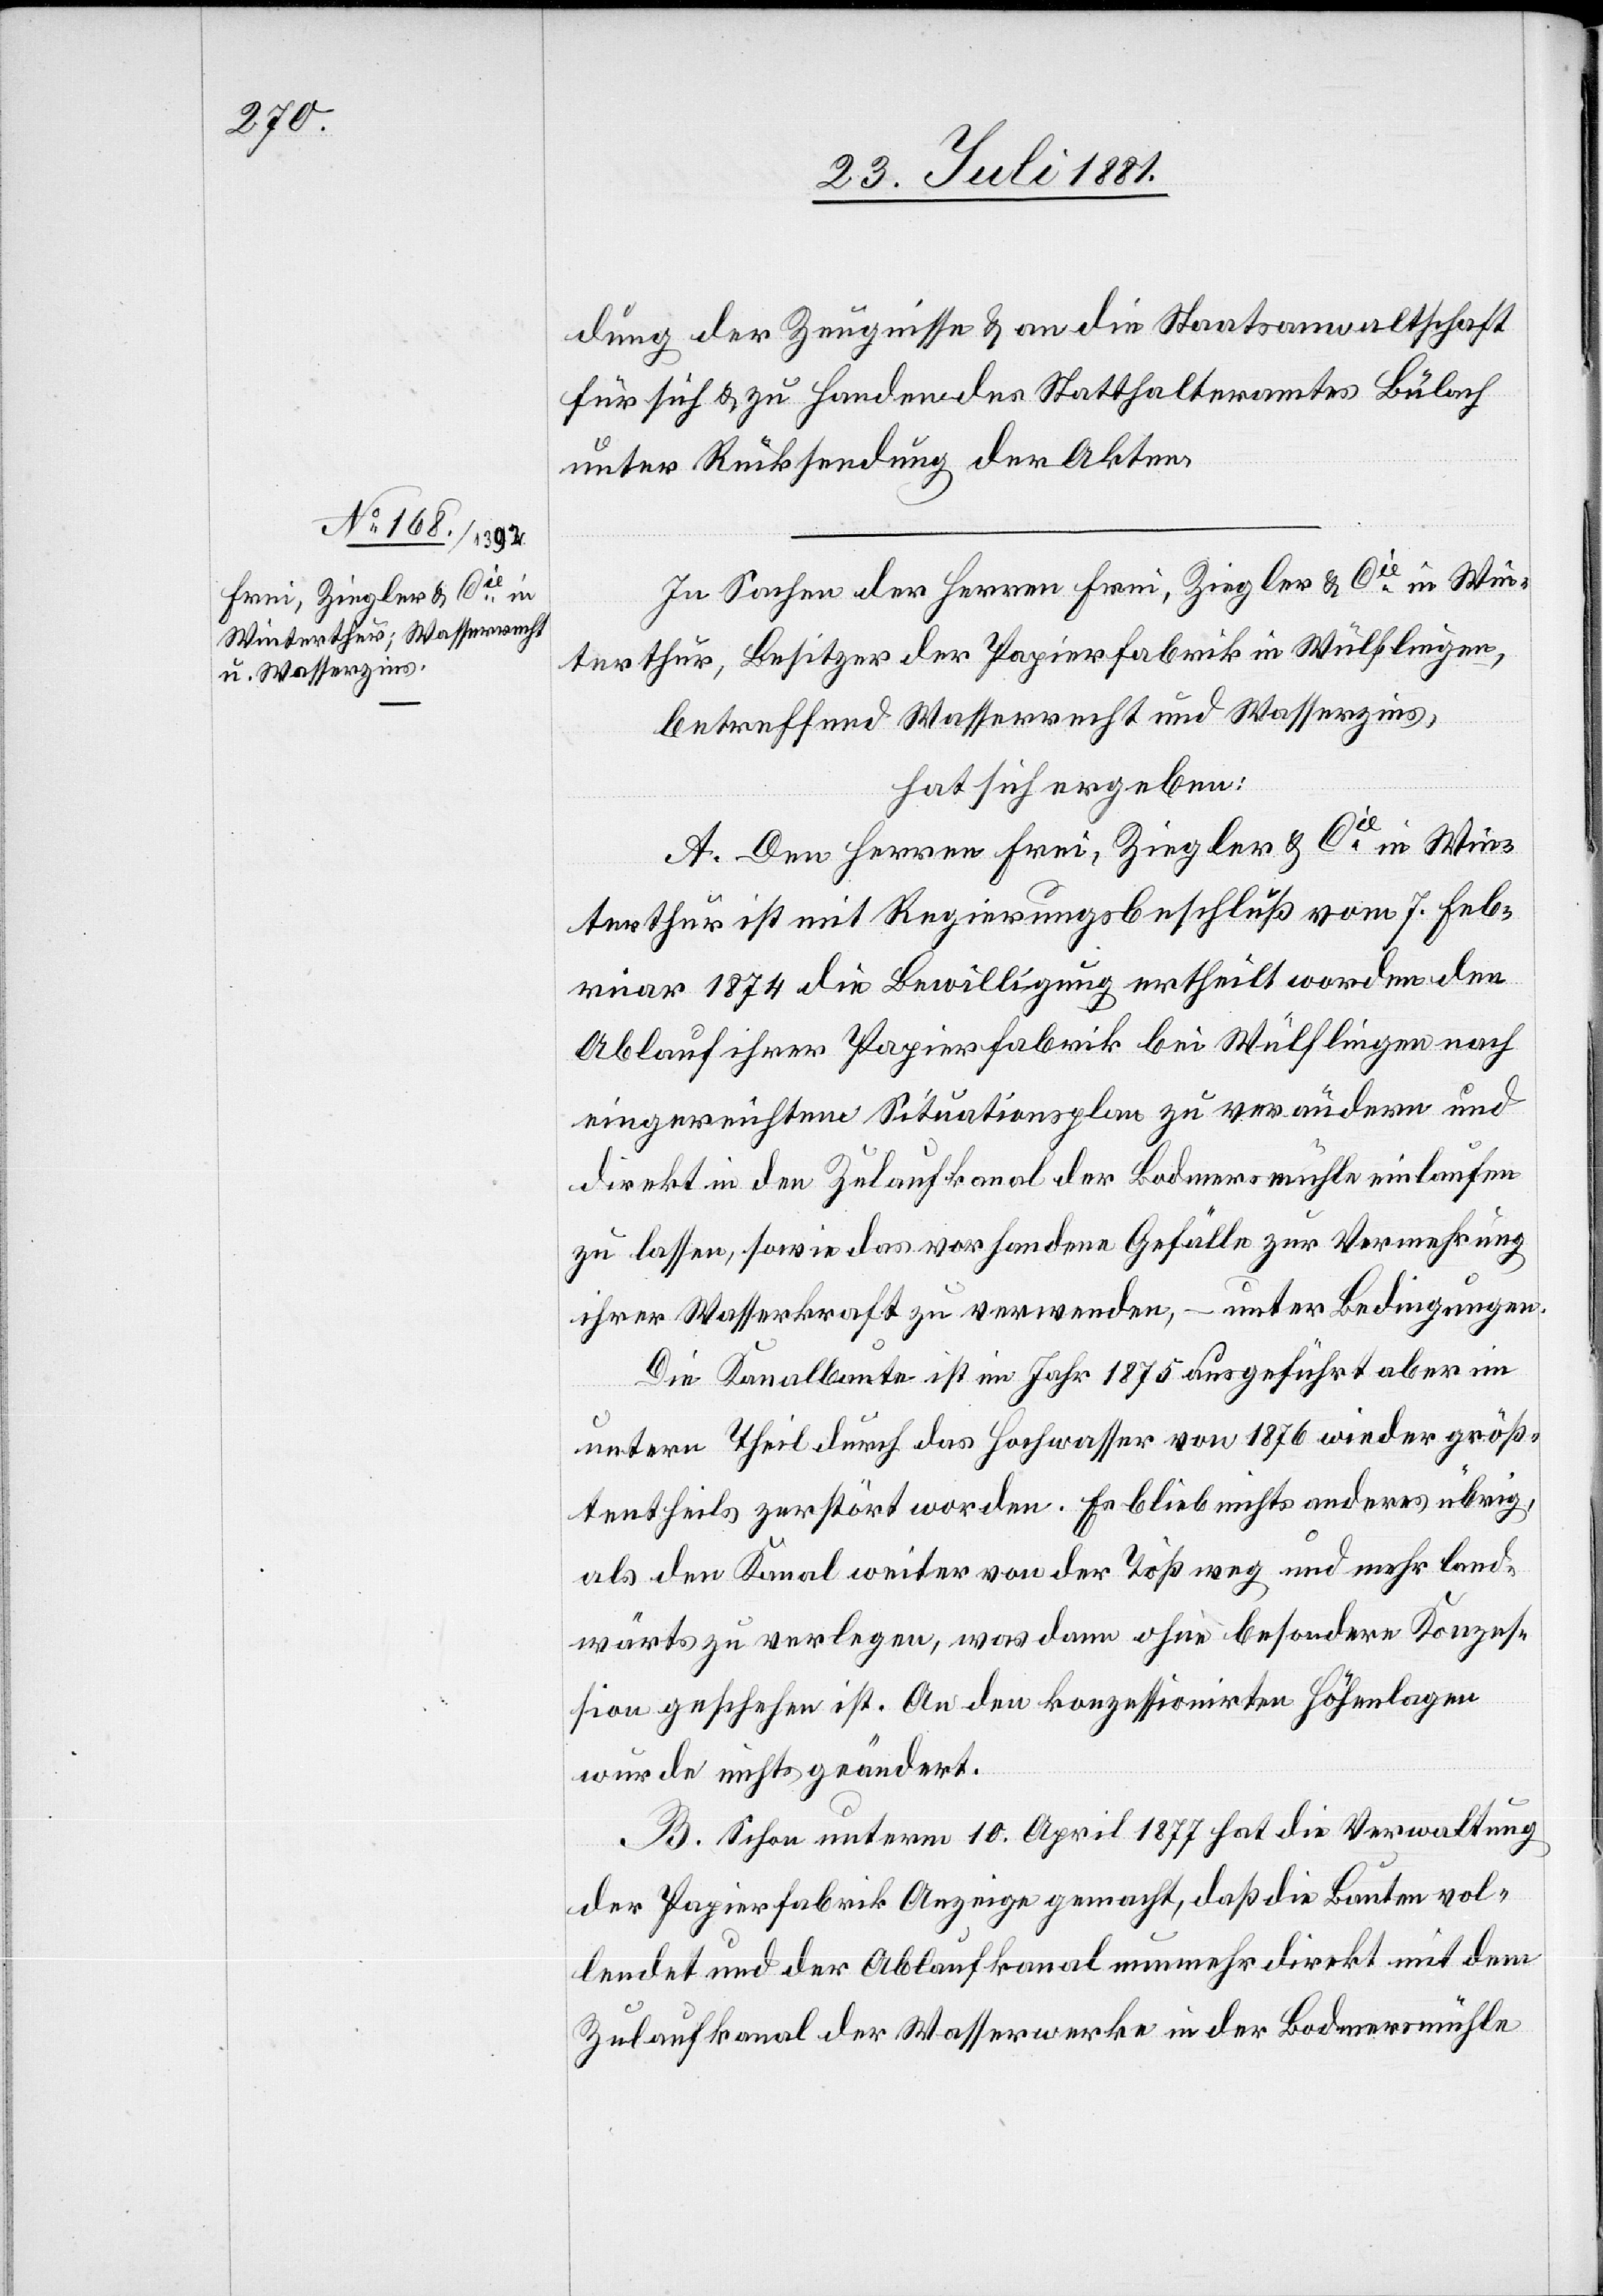
dung der Zeugnisse & an die Staatsanwaltschaft
für sich & zu Handen des Statthalteramtes Bülach
unter Rücksendung der Akten.
In Sachen der Herren Frei, Ziegler & Cie in Win¬
terthur, Besitzer der Papierfabrik in Wülflingen,
betreffend Wasserrecht und Wasserzins,
hat sich ergeben:
A. Den Herren Frei, Ziegler & Cie in Win¬
terthur ist mit Regierungsbeschluß vom 7. Feb¬
ruar 1874 die Bewilligung ertheilt worden den
Ablauf ihrer Papierfabrik bei Wülflingen nach
eingereichtem Situationsplan zu verändern und
direkt in den Zulaufkanal der Bodmersmühle einlaufen
zu lassen, sowie das vorhandene Gefälle zur Vermehrung
ihrer Wasserkraft zu verwenden, – unter Bedingungen.
Die Kanalbaute ist im Jahr 1875 ausgeführt aber im
untern Theil durch das Hochwasser von 1876 wieder größ¬
tentheils zerstört worden. Es blieb nichts anderes übrig,
als den Kanal weiter von der Töß weg und mehr land¬
wärts zu verlegen, was dann ohne besondere Konzes¬
sion geschehen ist. An den konzessionirten Höhenlagen
wurde nichts geändert.
B. Schon unterm 10. April 1877 hat die Verwaltung
der Papierfabrik Anzeige gemacht, daß die Bauten vol¬
lendet und der Ablaufkanal nunmehr direkt mit dem
Zulaufkanal der Wasserwerke in der Bodmersmühle